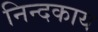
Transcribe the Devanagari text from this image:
निन्दकाय